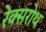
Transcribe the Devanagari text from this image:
रेक्सरोथ